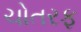
ચોતરફ